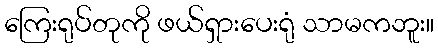
ကြေးရုပ်တုကို ဖယ်ရှားပေးရုံ သာမကဘူး။